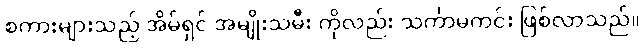
စကားများသည့် အိမ်ရှင် အမျိုးသမီး ကိုလည်း သင်္ကာမကင်း ဖြစ်လာသည်။